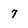
Character: 7